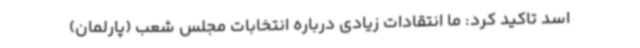
اسد تاکید کرد: ما انتقادات زیادی درباره انتخابات مجلس شعب (پارلمان)